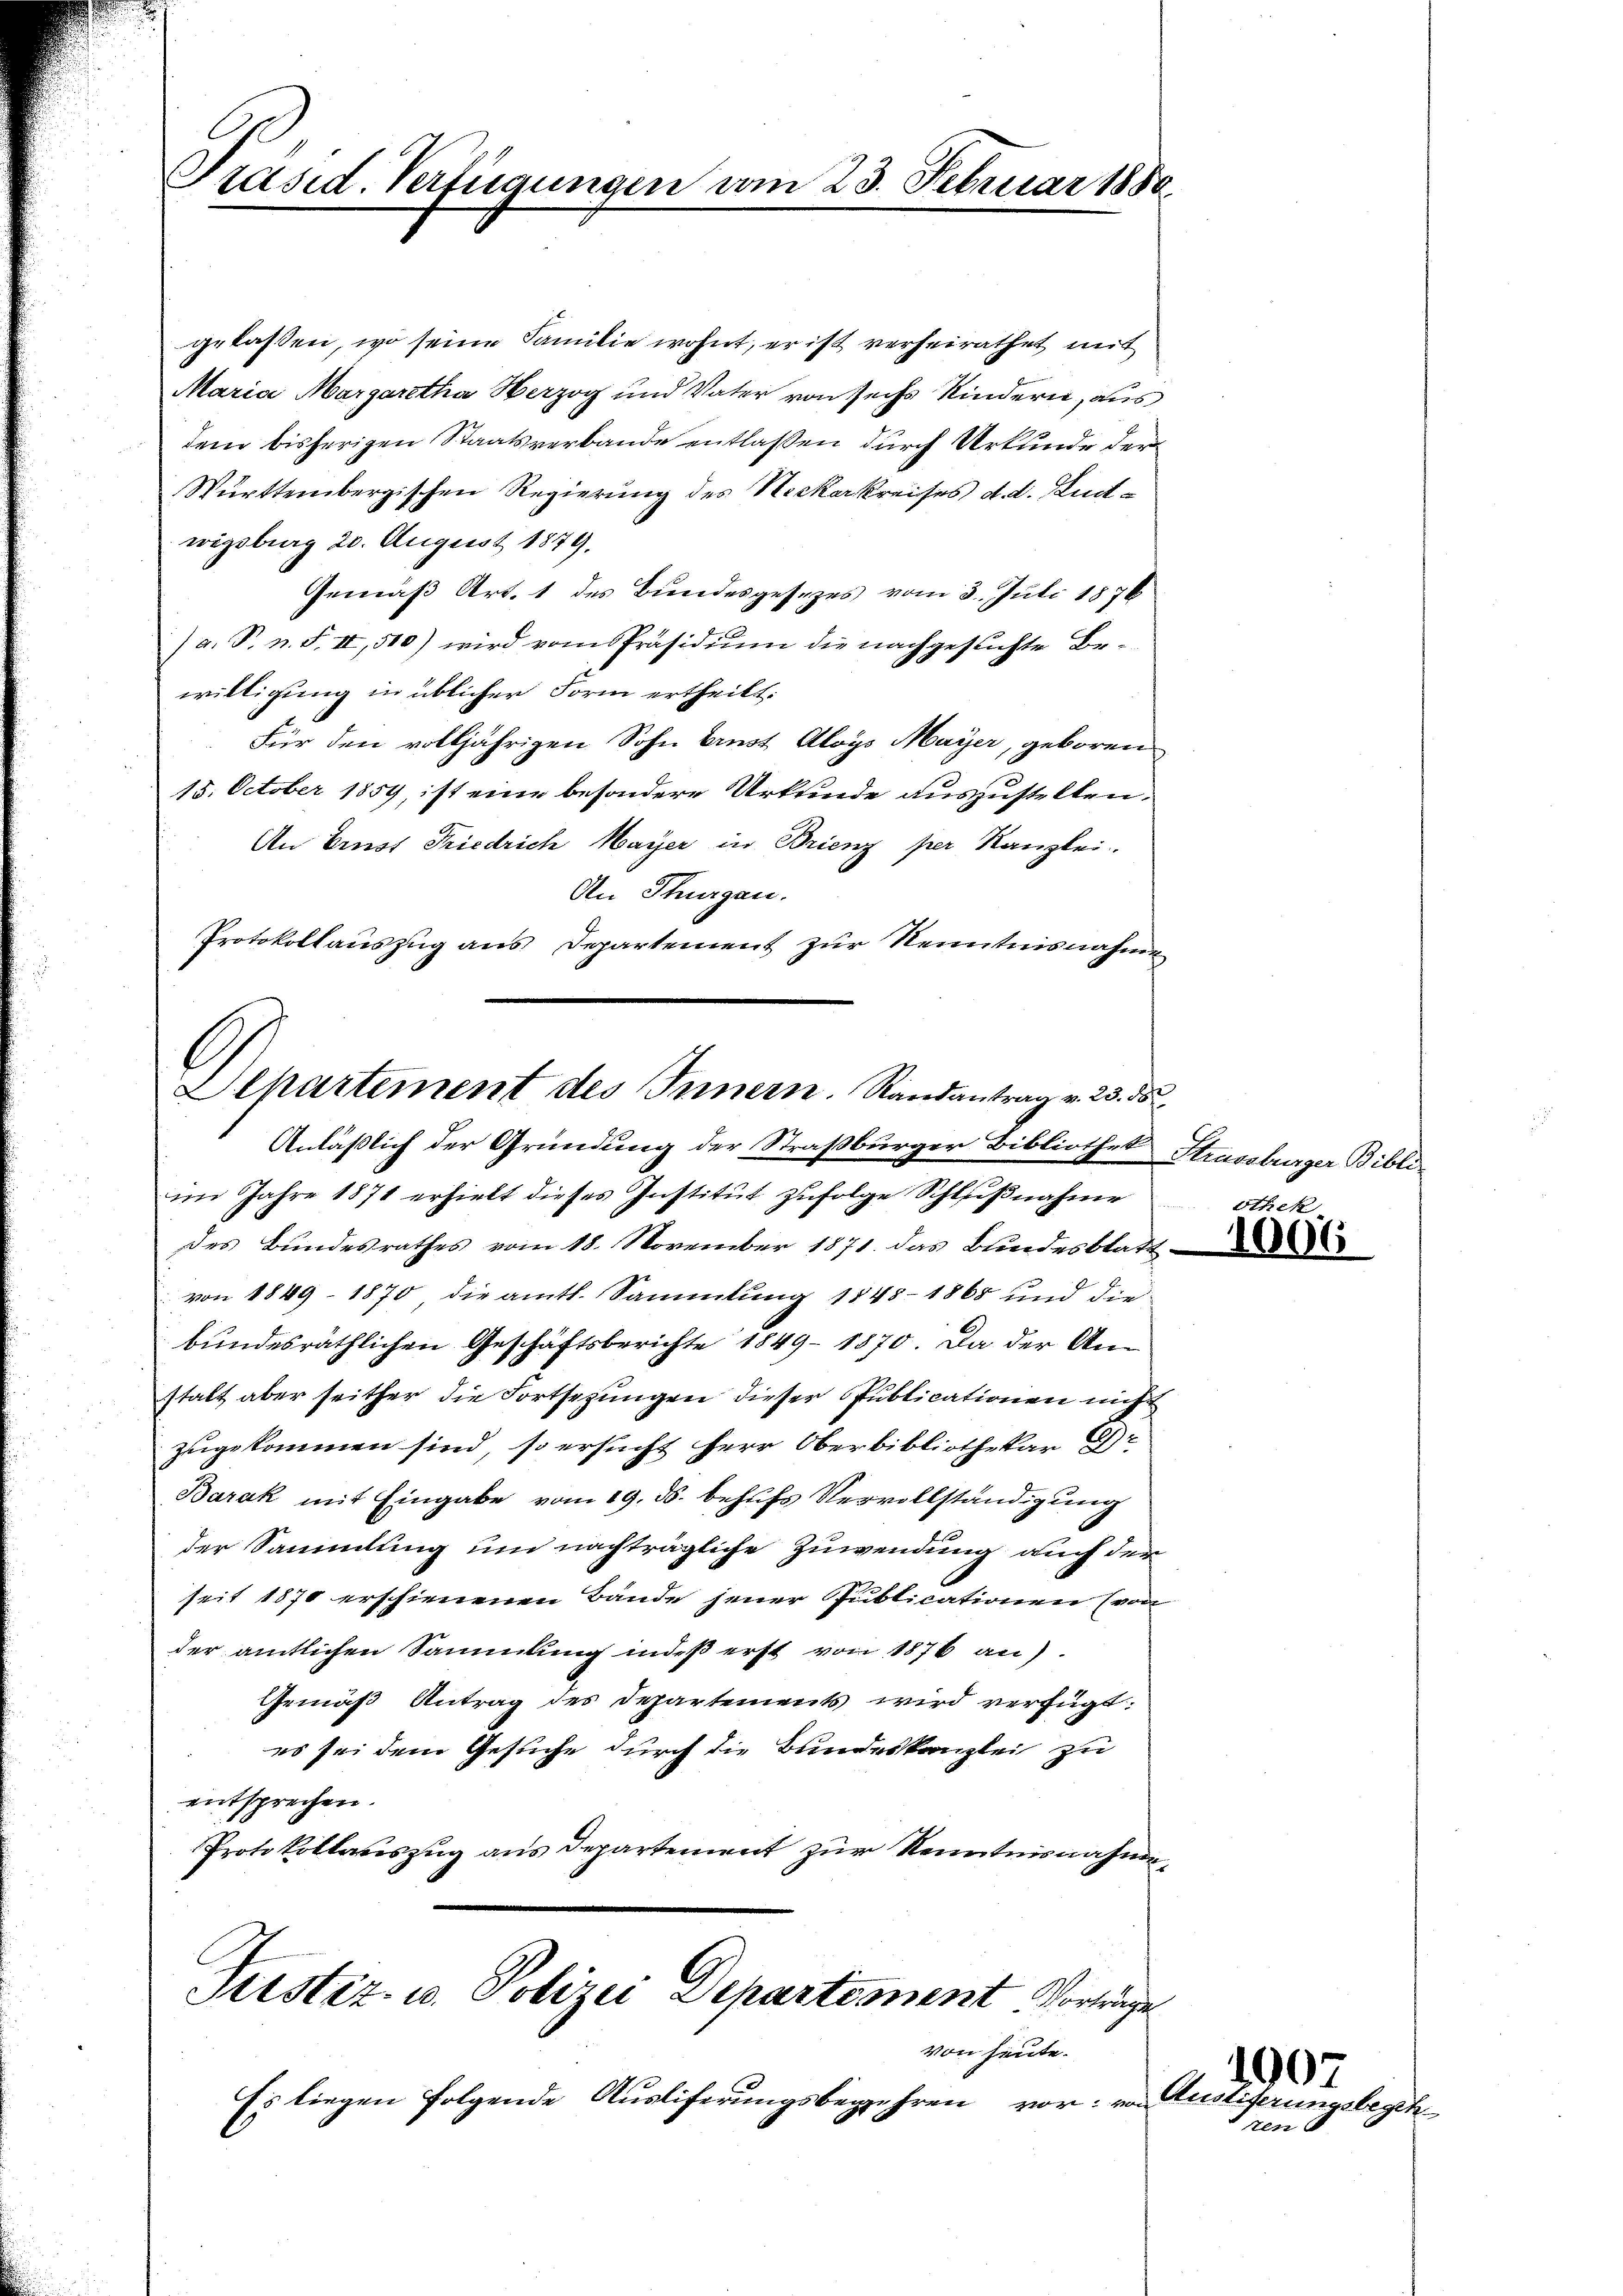
Präsid. Verfügungen am 23. Februar 1880

gelassen, wo seine Familie wohnt, er ist verheirathet, mit
Maria Margaretha Herzog und Vater von sechs Kindern, aus
dem bisherigen Staatsverbande entlaßen durch Urkunde der
Württembergischen Regierung des Neckarkreises d. d. Entwigsburg 20. August 1879.
Gemäß Art. 1 des Bundesgesezes vom 3. Juli 1876
) a. P. n. F. II, 510) wird vom Präsidium die nachgesuchte Be-
willigung in üblicher Form ertheilt:
Für den volljährigen Sohn Ernst Aloys Maÿer, geboren
15. October 1859, ist eine besondere Urkunde auszustellen.
An Ernst Friedrich Mayer in Brienz per Kanzlei
An Thurgau.
Protokollauszug aus Departement zur Kenntnisnahme

l
Departement des Innern. Randantrag v. 25. ds
Anläßlich der Gründung der Straßburger Bibliothek Strassburger Bibli¬

im Jahre 1871 erhielt dieses Institut zufolge Schlußnahme
des Bundesrathes vom 18. November 1871. das Bundesblatt-
von 1849–1870, die amtl. Sammlung 1845-1868 und die
bundesräthlichen Geschäftsberichte 1849–1870. Da der An-
stalt aber seither die Fortsezungen dieser Publicationen nicht
zugekommen sind, so ersucht herr Oberbibliothekar E
Barak mit Eingabe vom 19. ds. behufs Vervollständigung
der Sammlung um nachträgliche Zuwendung auch der
seit 1870 erschienenen Bande jener Publicationen (von
der amtlichen Sammlung indeß erst von 1876 an).
Gemäß Antrag des Departements wird verfügt:
es sei dem Gesuche durch die Bundeskanzlei zu
entsprechen.
Protokollauszug aus Departement zur Kenntnisnahme,

Justiz- u. Polizei Departement Vortrage
von heute.

Es liegen folgende Ausliferungsbegehren vor: von

othek

1006

1007
Austiferungsberen